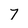
Character: 7